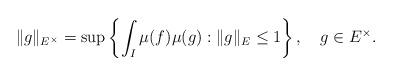
LaTeX: \begin{align*}\|g\|_{E^\times} = \sup\left\{\int_I \mu(f) \mu(g): \|g\|_E \le 1 \right\}, \ \ \ g\in E^\times.\end{align*}